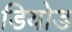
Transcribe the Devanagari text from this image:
डियोड